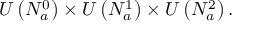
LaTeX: U \left( N _ { a } ^ { 0 } \right) \times U \left( N _ { a } ^ { 1 } \right) \times U \left( N _ { a } ^ { 2 } \right) .